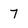
Character: 7